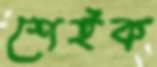
শেইক